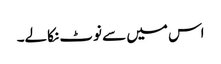
اس میں سے نوٹ نکالے۔